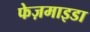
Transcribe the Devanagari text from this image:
फेज़माइडा